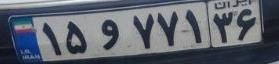
۱۵و۷۷۱۳۶